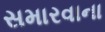
સમારવાના